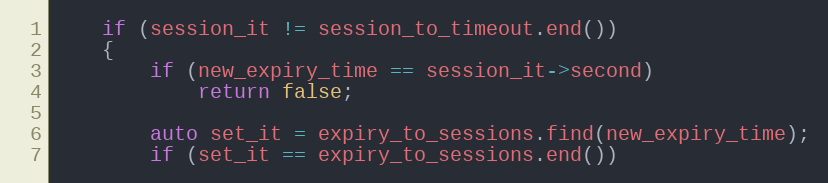
Language: C++
    if (session_it != session_to_timeout.end())
    {
        if (new_expiry_time == session_it->second)
            return false;

        auto set_it = expiry_to_sessions.find(new_expiry_time);
        if (set_it == expiry_to_sessions.end())